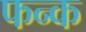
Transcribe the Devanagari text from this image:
फन्क